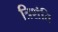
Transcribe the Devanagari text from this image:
त्रिशंति